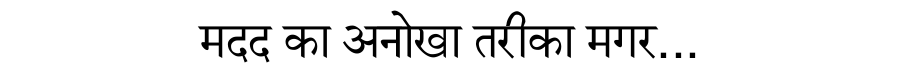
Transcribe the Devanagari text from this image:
मदद का अनोखा तरीका मगर...